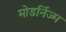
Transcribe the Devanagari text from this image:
मोडर्निज्म